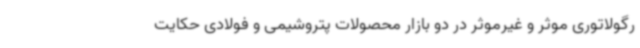
رگولاتوری موثر و غیرموثر در دو بازار محصولات پتروشیمی و فولادی حکایت